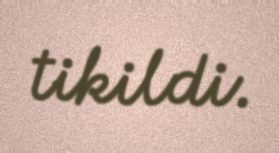
tikildi.